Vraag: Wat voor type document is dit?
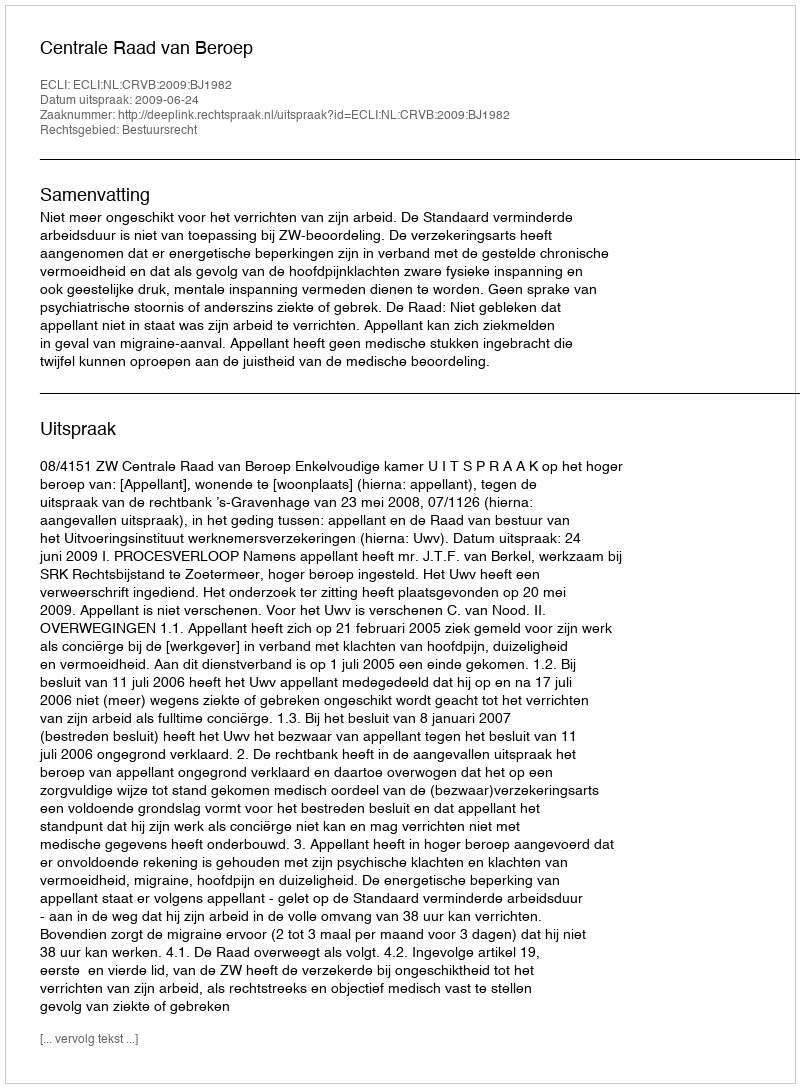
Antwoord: Uitspraak